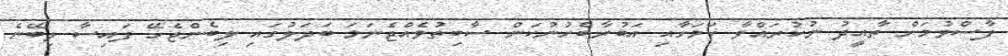
ފާސްވުމަށް ތާއީދު ނުކުރައްވާ ކަމަށާއި އަބުރާބެހުނުކަން ސާބިތުވެއްޖެނަމަ ބަދަލުގައި ލިބެންޖެހޭ ފައިސާ ލިބޭނެ